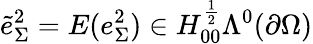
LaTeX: \tilde{e}_{\Sigma}^{2}=E(e_{\Sigma}^{2})\in H_{00}^{\frac{1}{2}}\Lambda^{0}(\partial\Omega)